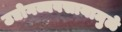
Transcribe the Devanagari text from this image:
उद्योगव्यवसायामुळे